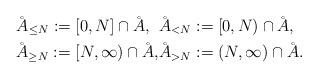
LaTeX: \begin{align*}\AA_{\le N}:= [0, N]\cap\AA,\ \: & \AA_{< N}:= [0, N)\cap\AA,\\\AA_{\ge N}:= [N, \infty)\cap\AA, & \AA_{> N}:= (N, \infty)\cap\AA.\end{align*}